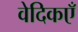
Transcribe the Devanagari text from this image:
वेदिकएँ